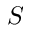
S